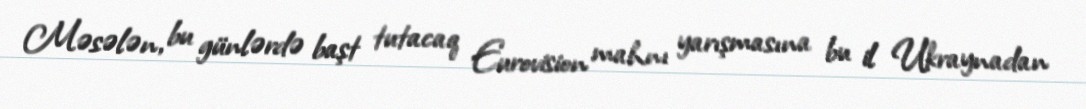
Məsələn, bu günlərdə başt tutacaq Eurovision mahnı yarışmasına bu il Ukraynadan